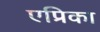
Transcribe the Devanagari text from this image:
एप्रिका